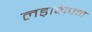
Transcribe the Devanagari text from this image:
लड़ाकेपन